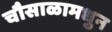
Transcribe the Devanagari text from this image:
चौसाळामधुन